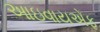
આઇવાયએફ